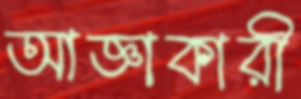
আজ্ঞাকারী